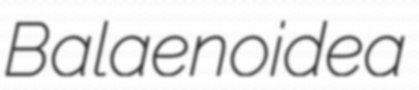
Balaenoidea